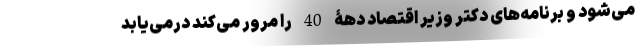
می‌شود و برنامه‌های دکتر وزیر اقتصاد دهۀ 40 را مرور می‌کند درمی‌یابد